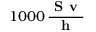
\boldsymbol { 1 0 0 0 } \, \frac { \textbf { S v } } { \textbf { h } }